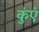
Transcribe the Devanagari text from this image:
कुंएं